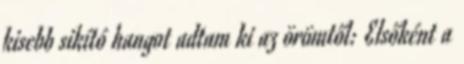
kisebb sikító hangot adtam ki az örömtől: Elsőként a